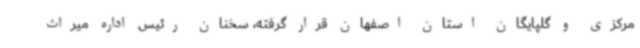
مرکزی و گلپایگان استان اصفهان قرار گرفته، سخنان رئیس اداره میراث